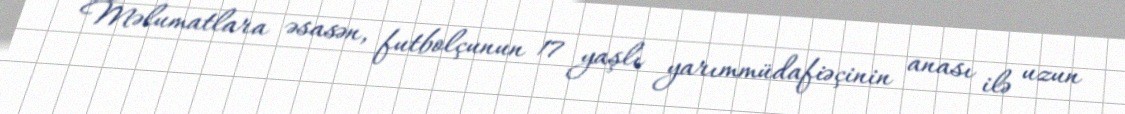
Məlumatlara əsasən, futbolçunun 17 yaşlı yarımmüdafiəçinin anası ilə uzun